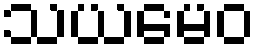
သယမေဝ